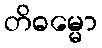
တိဓမ္မော